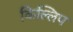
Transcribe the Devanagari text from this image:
किल्लिप